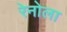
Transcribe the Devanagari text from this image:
रेनोला